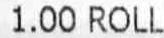
1.00 ROLL